Document type: bank_statement
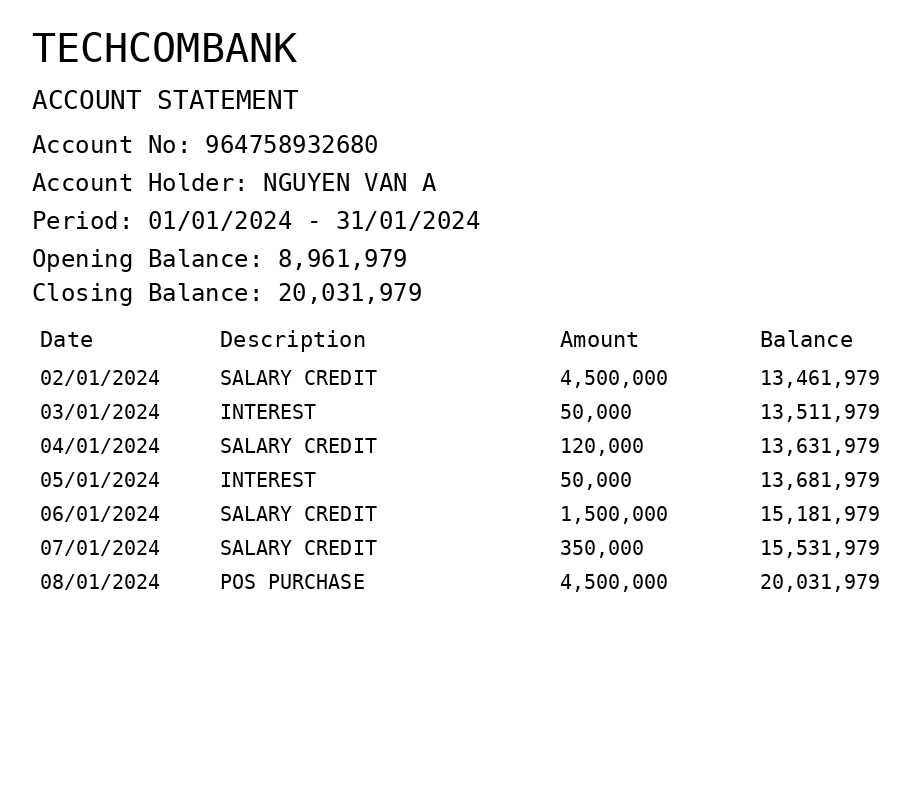
OCR transcript:
TECHCOMBANK
ACCOUNT STATEMENT
Account No: 964758932680
Account Holder: NGUYEN VAN A
Period: 01/01/2024 - 31/01/2024
Opening Balance: 8,961,979
Closing Balance: 20,031,979
Date
Description
Amount
Balance
02/01/2024
SALARY CREDIT
4,500,000
13,461,979
03/01/2024
INTEREST
50,000
13,511,979
04/01/2024
SALARY CREDIT
120,000
13,631,979
05/01/2024
INTEREST
50,000
13,681,979
06/01/2024
SALARY CREDIT
1,500,000
15,181,979
07/01/2024
SALARY CREDIT
350,000
15,531,979
08/01/2024
POS PURCHASE
4,500,000
20,031,979
Extracted fields:
bank_name: techcombank
account_number: 964758932680
account_holder: nguyen van a
statement_period: 01/01/2024 - 31/01/2024
opening_balance: 8961979
closing_balance: 20031979
transactions: date: 2024-01-02
description: salary credit
amount: 4500000
balance: 13461979
date: 2024-01-03
description: interest
amount: 50000
balance: 13511979
date: 2024-01-04
description: salary credit
amount: 120000
balance: 13631979
date: 2024-01-05
description: interest
amount: 50000
balance: 13681979
date: 2024-01-06
description: salary credit
amount: 1500000
balance: 15181979
date: 2024-01-07
description: salary credit
amount: 350000
balance: 15531979
date: 2024-01-08
description: pos purchase
amount: 4500000
balance: 20031979